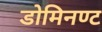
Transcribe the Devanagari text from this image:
डोमिनण्ट